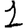
Digit: 1